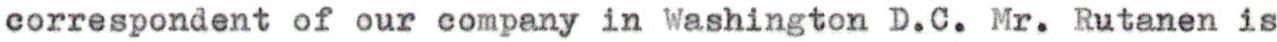
correspondent of our company in Washington D.C. Mr. Rutanen is